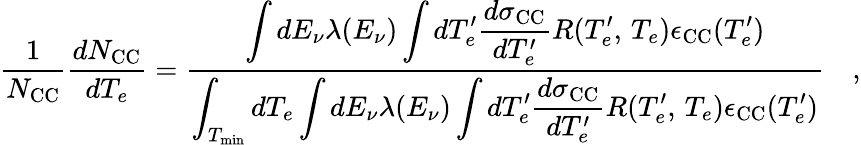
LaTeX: \frac{1}{N_{\mathrm{CC}}}\frac{dN_{\mathrm{CC}}}{dT_{e}}=\frac{\displaystyle\int dE_{\nu}\lambda(E_{\nu})\int dT_{e}^{\prime}\frac{d\sigma_{\mathrm{CC}}}{dT_{e}^{\prime}}R(T_{e}^{\prime},\, T_{e})\epsilon_{\mathrm{CC}}(T_{e}^{\prime})}{\displaystyle\int_{T_{\mathrm{min}}}dT_{e}\int dE_{\nu}\lambda(E_{\nu})\int dT_{e}^{\prime}\frac{d\sigma_{\mathrm{CC}}}{dT_{e}^{\prime}}R(T_{e}^{\prime},\, T_{e})\epsilon_{\mathrm{CC}}(T_{e}^{\prime})}\quad,